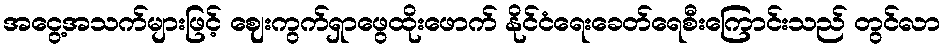
အငွေ့အသက်များဖြင့် ဈေးကွက်ရှာဖွေထိုးဖောက် နိုင်ငံရေးခေတ်ရေစီးကြောင်းသည် တွင်လာ